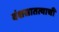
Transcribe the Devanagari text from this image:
वंशसातत्याची